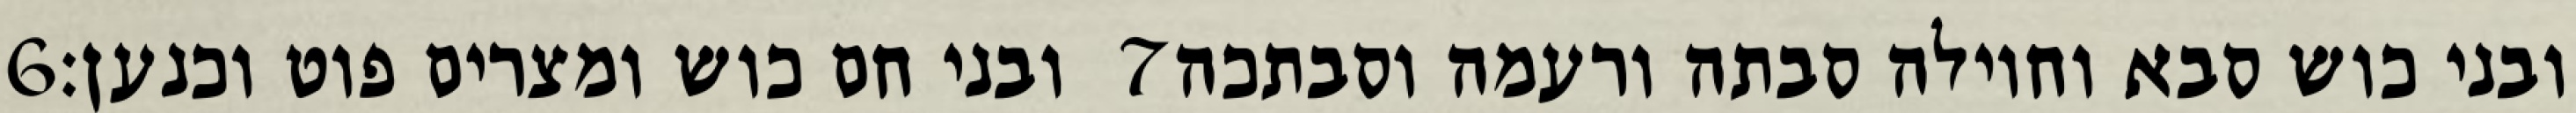
‎6‏ ובני חם כוש ומצרים פוט וכנען׃ ‎7‏ ובני כוש סבא וחוילה סבתה ורעמה וסבתכה